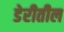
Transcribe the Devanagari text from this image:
डेरीतील